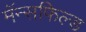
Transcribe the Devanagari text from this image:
मॅन्सफिल्ड